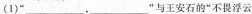
（1）“___，___”与王安石的”不畏浮云